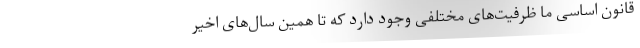
قانون اساسی ما ظرفیت‌های مختلفی وجود دارد که تا همین سال‌های اخیر